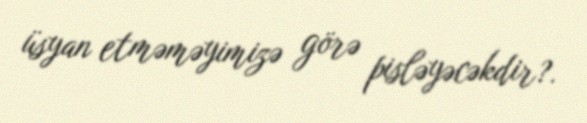
üsyan etməməyimizə görə pisləyəcəkdir?.